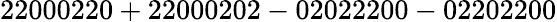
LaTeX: \mathrm{22000220+22000202-02022200-02202200}